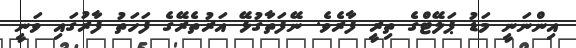
އިންނަނީ މަޑު ޕަލޭޓްގެ ތިރީ ފާރެވެ. ނޭފަތާގުޅޭ އަރުތެރޭގެ ފަހަތު ފާރުގައި ވަނީ